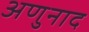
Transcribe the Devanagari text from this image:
अणुनाद